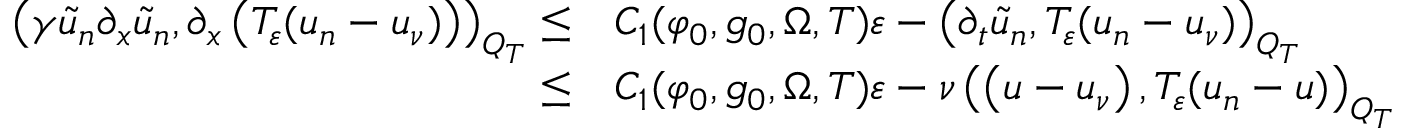
\begin{array} { r l } { \left( \gamma \tilde { u } _ { n } \partial _ { x } \tilde { u } _ { n } , \partial _ { x } \left( T _ { \varepsilon } ( u _ { n } - u _ { \nu } ) \right) \right) _ { Q _ { T } } \leq } & { C _ { 1 } ( \varphi _ { 0 } , g _ { 0 } , \Omega , T ) \varepsilon - \left( \partial _ { t } \tilde { u } _ { n } , T _ { \varepsilon } ( u _ { n } - u _ { \nu } ) \right) _ { Q _ { T } } } \\ { \leq } & { C _ { 1 } ( \varphi _ { 0 } , g _ { 0 } , \Omega , T ) \varepsilon - \nu \left( \left( u - u _ { \nu } \right) , T _ { \varepsilon } ( u _ { n } - u ) \right) _ { Q _ { T } } } \end{array}